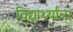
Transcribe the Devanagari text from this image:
विद्यार्थ्यांन्ना